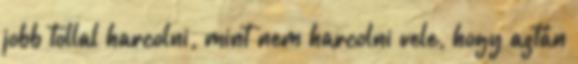
jobb tollal harcolni, mint nem harcolni vele, hogy aztán